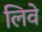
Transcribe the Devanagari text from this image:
लिवे